Leucocytozoon canis - Number 26
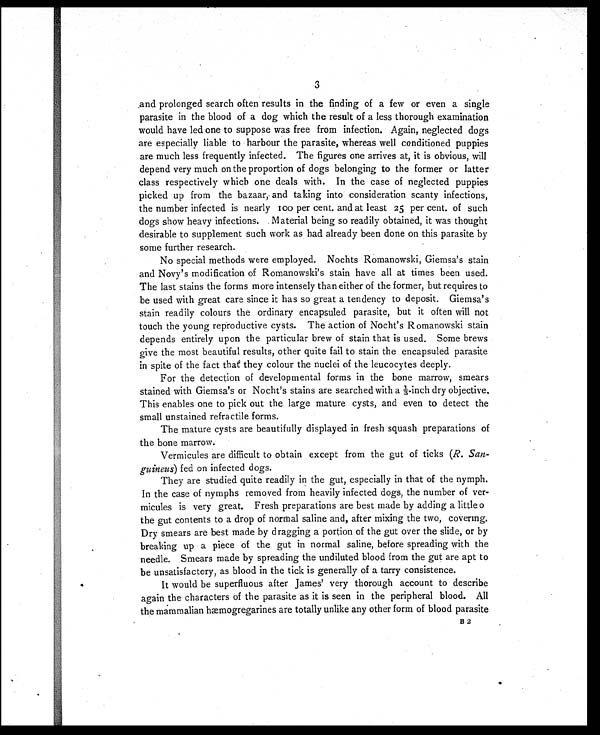
3
and prolonged search often results in the finding of a few or even a single
parasite in the blood of a dog which the result of a less thorough examination
would have led one to suppose was free from infection. Again, neglected dogs
are especially liable to harbour the parasite, whereas well conditioned puppies
are much less frequently infected. The figures one arrives at, it is obvious, will
depend very much on the proportion of dogs belonging to the former or latter
class respectively which one deals with. In the case of neglected puppies
picked up from the bazaar, and taking into consideration scanty infections,
the number infected is nearly 100 per cent. and at least 25 per cent. of such
dogs show heavy infections. Material being so readily obtained, it was thought
desirable to supplement such work as had already been done on this parasite by
some further research.
No special methods were employed. Nochts Romanowski, Giemsa's stain
and Novy's modification of Romanowski's stain have all at times been used.
The last stains the forms more intensely than either of the former, but requires to
be used with great care since it has so great a tendency to deposit. Giemsa's
stain readily colours the ordinary encapsuled parasite, but it often will not
touch the young reproductive cysts. The action of Nocht's Romanowski stain
depends entirely upon the particular brew of stain that is used. Some brews
give the most beautiful results, other quite fail to stain the encapsuled parasite
in spite of the fact that they colour the nuclei of the leucocytes deeply.
For the detection of developmental forms in the bone marrow, smears
stained with Giemsa's or Nocht's stains are searched with a ⅓-inch dry objective.
This enables one to pick out the large mature cysts, and even to detect the
small unstained refractile forms.
The mature cysts are beautifully displayed in fresh squash preparations of
the bone marrow.
Vermicules are difficult to obtain except from the gut of ticks (R. San-
guineus ) fed on infected dogs.
They are studied quite readily in the gut, especially in that of the nymph.
In the case of nymphs removed from heavily infected dogs, the number of ver-
micules is very great. Fresh preparations are best made by adding a little o
the gut contents to a drop of normal saline and, after mixing the two, covering.
Dry smears are best made by dragging a portion of the gut over the slide, or by
breaking up a piece of the gut in normal saline, before spreading with the
needle. Smears made by spreading the undiluted blood from the gut are apt to
be unsatisfactory, as blood in the tick is generally of a tarry consistence.
It would be superfluous after James' very thorough account to describe
again the characters of the parasite as it is seen in the peripheral blood. All
the mammalian hæmogregarines are totally unlike any other form of blood parasite
B 2